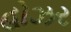
હોઝર